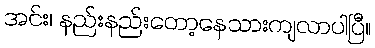
အင်း၊ နည်းနည်းတော့နေသားကျလာပါပြီ။